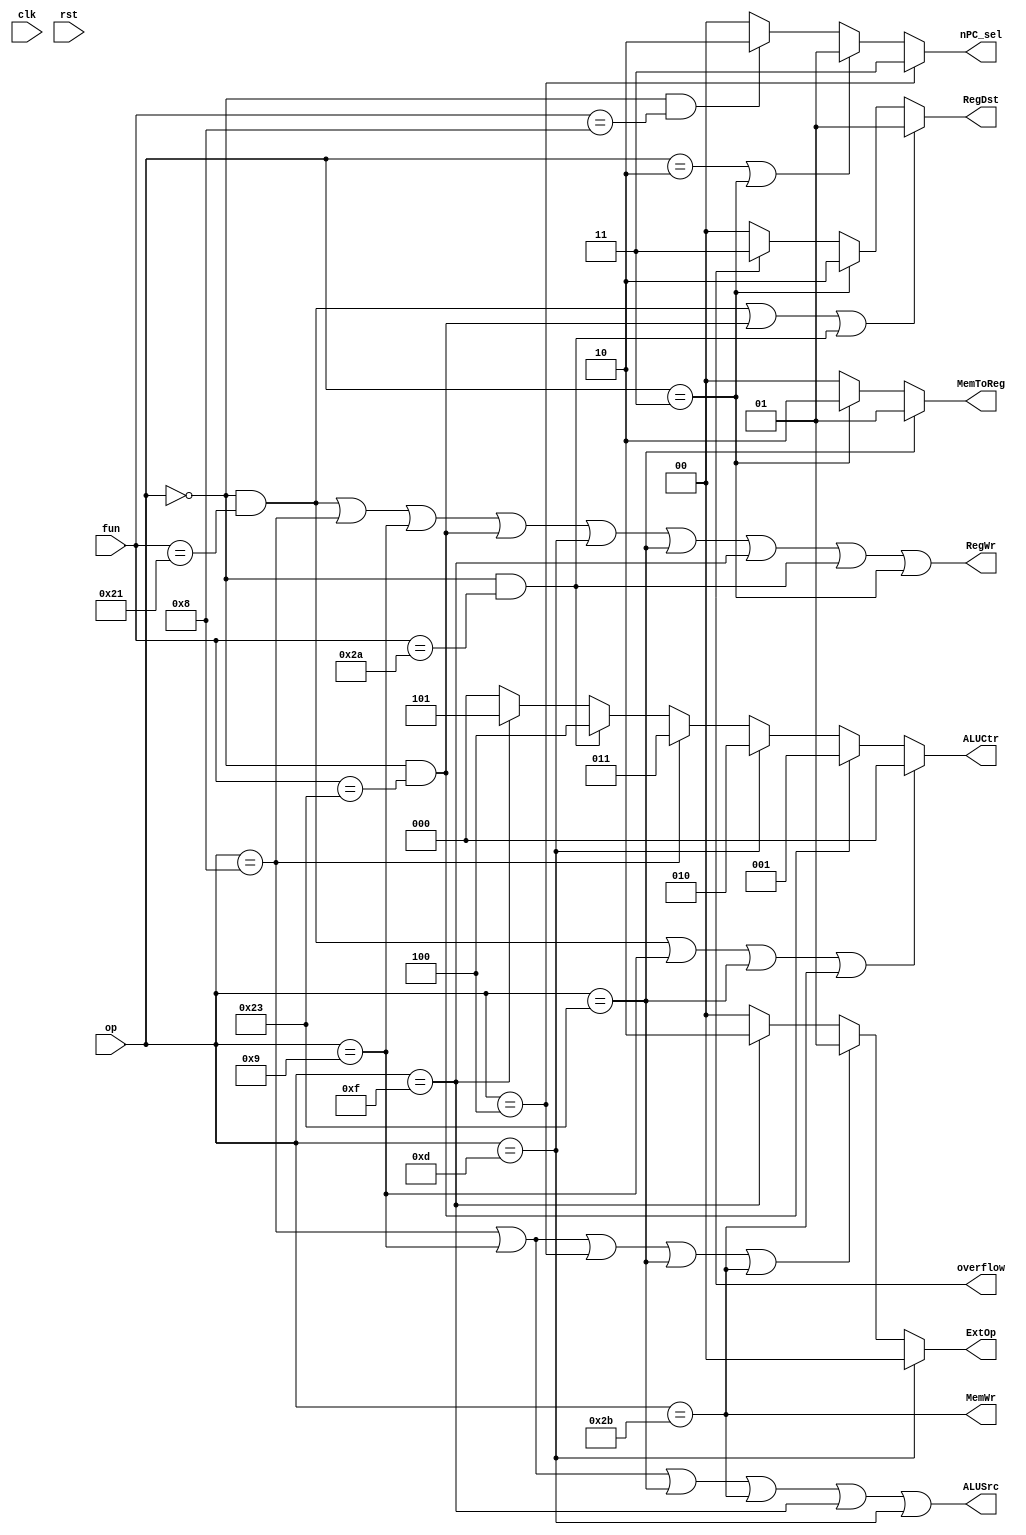
module controller (clk, rst, op, fun, RegDst, ALUSrc, MemToReg, MemWr, RegWr, nPC_sel, ExtOp, ALUCtr, overflow);
  input clk, rst;
  input [5:0] op, fun;
  output ALUSrc, MemWr, RegWr, overflow;
  output [2:0] ALUCtr;
  output [1:0] RegDst, ExtOp, MemToReg;
  output [1:0] nPC_sel;
  
  
  wire addi = op == 6'b001000;
  wire addiu = op == 6'b001001;
  wire slt = (op == 6'b0 && fun == 6'b101010);
  wire jal = op == 6'b000011;
  wire jr = (op == 6'b0 && fun == 6'b001000);
  wire addu = (op == 6'b0 && fun == 6'b100001);
  wire subu = (op == 6'b0 && fun == 6'b100011);
  wire ori = op == 6'b001101;
  wire lw = op == 6'b100011;
  wire sw = op == 6'b101011;
  wire beq = op == 6'b000100;
  wire lui = op == 6'b001111;
  wire j = op == 6'b000010;
  
  // 00 - rt
  // 01 - rd
  // 10 - $31
  // 11 - overflow $30
  assign RegDst = (addu || subu || slt) ? 2'b01:
                  jal ? 2'b10 : 
                  overflow ? 2'b11 : 2'b00;
  
  // 0 - gpr_busB
  // 1 - imm16
  assign ALUSrc = addi || addiu || lw || sw || lui || ori;
  
  // 00 - pc + 4
  // 01 - j / jal
  // 10 - jr
  // 11 - beq
  assign nPC_sel = beq ? 2'b11:
                   (j || jal) ? 2'b01:
                   jr ? 2'b10 : 2'b00;
  
  // 000 - addu / addiu / lw_addr / sw_addr
  // 001 - subu
  // 010 - ori
  // 011 - addi
  // 100 - slt
  // 101 - lui  
  assign ALUCtr = (addu || addiu || lw || sw) ? 3'b000:
                  subu ? 3'b001:
                  ori ? 3'b010:
                  addi ? 3'b011:
                  slt ? 3'b100:
                  lui ? 3'b101 : 3'b000;
  
  // 00 - from alu
  // 01 - from mem
  // 10 - pc_4
  assign MemToReg = lw ? 2'b01:
                    jal ? 2'b10 : 2'b00;
  assign MemWr = sw;
  
  // 00 - zero ext
  // 01 - sign ext
  // 10 - lui
  assign ExtOp = ori ? 2'b00:
                 (addi || addiu || beq || lw || sw) ? 2'b01:
                 lui ? 2'b10 : 2'b00;
  
  assign RegWr = addu || addi || addiu || subu || ori || lw || lui || slt || jal;
  
  
endmodule